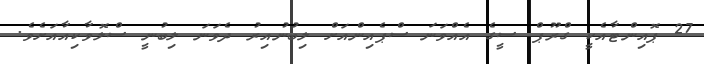
27 ޕޮއިންޓާއެކީ ގްރޫޕް ސީގެ އެއްވަނަ ސްޕެއިންއަށް ލިބުނުއިރު ދެވަނަ ލިބުނީ ސްލޮވާކިއާއަށެވެ.